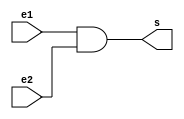
module and_gate (e1, e2, s);
    input e1;
    input e2;
    output s;


    assign s = e1 & e2;

endmodule